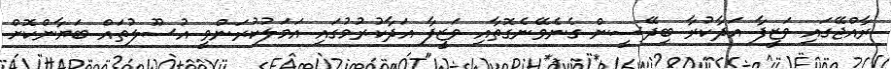
ރާއްޖޭގައި ވަޒީފާ އަދާކުރާ ބިދޭސީން ގެނެވޭނެގޮތާއި ވަޒީފާ އަދާކުރުމުގައި އަމަލުކުރަންވީ އުސޫލުތައް ބަޔާންކޮށް